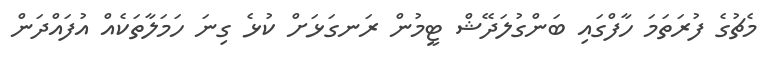
މެޗުގެ ފުރަތަމަ ހާފްގައި ބަންގުލަދޭޝް ޓީމުން ރަނގަޅަށް ކުޅެ ގިނަ ހަމަލާތަކެއް އުފައްދަން